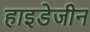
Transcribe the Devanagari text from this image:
हाइडेजीन